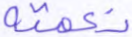
نعمته